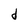
Character: d